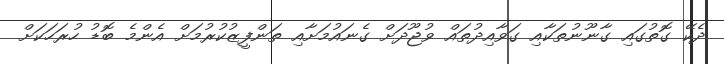
ދެކޭ ގޮތުގައި ގާނޫނުތަކާއި ގަވާއިދުތައް ވުޖޫދަށް ގެނައުމަށާއި ތަންފީޒުކުރުމަށް އެންމެ ބޮޑު ހުރަހަކަށް